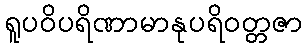
ရူပဝိပရိဏာမာနုပရိဝတ္တဇာ